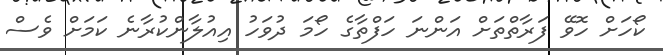
ކޯހަށް ހޮވޭ ފަރާތްތަށް އަންނަ ހަފްތާގެ ހޯމަ ދުވަހު އިއުލާންކުރާނެ ކަމަށް ވެސް